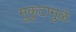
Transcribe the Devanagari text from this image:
मुकुटामुळे